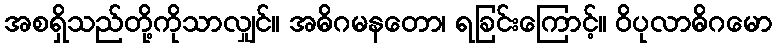
အစရှိသည်တို့ကိုသာလျှင်။ အဓိဂမနတော၊ ရခြင်းကြောင့်။ ဝိပုလာဓိဂမော